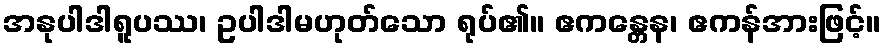
အနုပါဒါရူပဿ၊ ဥပါဒါမဟုတ်သော ရုပ်၏။ ဧကန္တေန၊ ဧကန်အားဖြင့်။